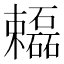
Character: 𬅓